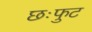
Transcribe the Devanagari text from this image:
छःफुट